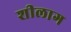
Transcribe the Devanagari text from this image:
शीलाग